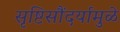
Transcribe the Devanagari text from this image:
सृष्टिसौंदर्यामुळे